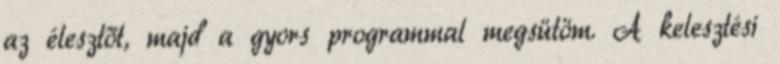
az élesztőt, majd a gyors programmal megsütöm. A kelesztési